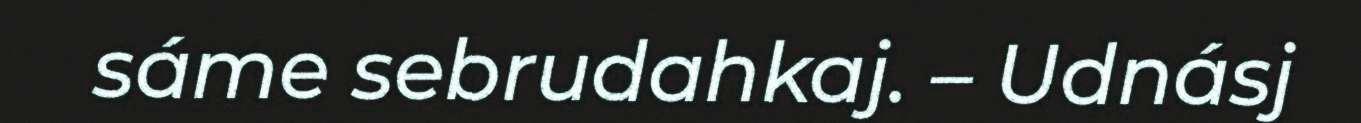
sáme sebrudahkaj. – Udnásj